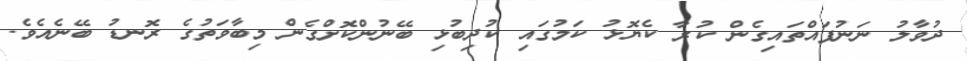
ދުވާލު ނަނުފައްތައިގެން ކުރާ ކެޔޮޅު ކަމުގައި ކުދިބުޅި ބޭނުންކޮށްގެން މިބާވަތުގެ ރޮނޑު ބޭނެއެވެ.